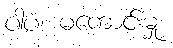
ပါပံ၊ မကောင်းမှု